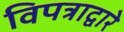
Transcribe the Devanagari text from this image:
विपत्राद्वारे